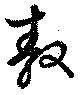
敖